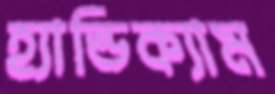
হ্যান্ডিক্যাম